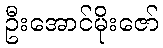
ဦးအောင်မိုးဇော်